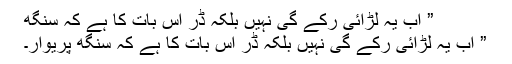
” اب یہ لڑائی رکے گی نہیں بلکہ ڈر اس بات کا ہے کہ سنگھ
” اب یہ لڑائی رکے گی نہیں بلکہ ڈر اس بات کا ہے کہ سنگھ پریوار۔